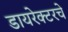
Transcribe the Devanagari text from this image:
डायरेक्टरचे